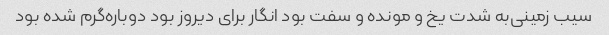
سیب زمینی‌به شدت یخ و مونده و سفت بود انگار برای دیروز بود دوباره‌گرم شده بود